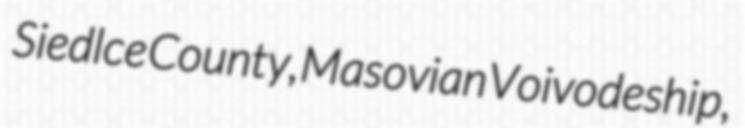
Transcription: Siedlce County, Masovian Voivodeship,